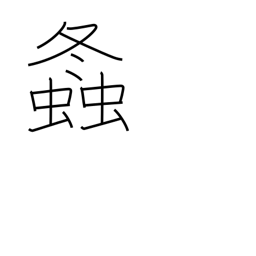
Meaning: grasshopper